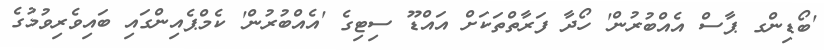
'ބޯޑިންގ ޕާސް އެއްބުރުން' ހޯދާ ފަރާތްތަކަށް އައްޑޫ ސިޓިގެ 'އެއްބުރުން' ކެމްޕެއިންގައި ބައިވެރިވުމުގެ